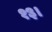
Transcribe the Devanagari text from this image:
१३।